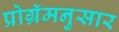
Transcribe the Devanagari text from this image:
प्रोग्रॅमनुसार